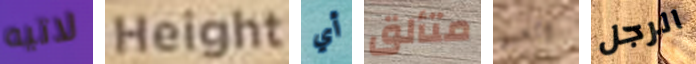
لاتيه Height أي متألق السبق الرجل